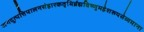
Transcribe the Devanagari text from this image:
जगदुत्पत्तिपालनसंहारकतृभिर्ब्रह्मविष्णुमहेशरूपसेव्यमाना